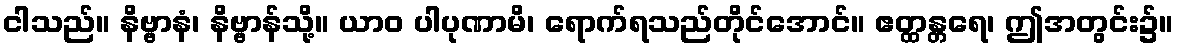
ငါသည်။ နိဗ္ဗာနံ၊ နိဗ္ဗာန်သို့။ ယာဝ ပါပုဏာမိ၊ ရောက်ရသည်တိုင်အောင်။ ဧတ္ထန္တရေ၊ ဤအတွင်း၌။